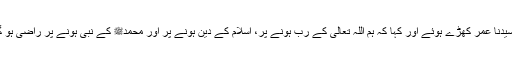
پھر سیدنا عمرؓ کھڑے ہوئے اور کہا کہ ہم اللہ تعالیٰ کے رب ہونے پر، اسلام کے دین ہونے پر اور محمدﷺ کے نبی ہونے پر راضی ہو گئے۔